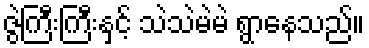
ဇွဲကြီးကြီးနှင့် သဲသဲမဲမဲ ရွာနေသည်။